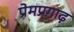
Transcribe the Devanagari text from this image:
प्रेमप्रगाढ़